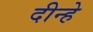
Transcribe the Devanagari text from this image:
दीन्हे